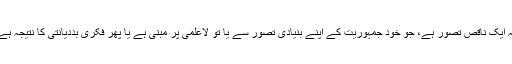
یہ ایک ناقص تصور ہے، جو خود جمہوریت کے اپنے بنیادی تصور سے یا تو لاعلمی پر مبنی ہے یا پھر فکری بددیانتی کا نتیجہ ہے۔